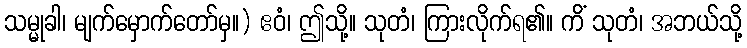
သမ္မုခါ၊ မျက်မှောက်တော်မှ။) ဧဝံ၊ ဤသို့။ သုတံ၊ ကြားလိုက်ရ၏။ ကိံ သုတံ၊ အဘယ်သို့